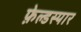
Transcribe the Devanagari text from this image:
फ़ेल्डस्पार